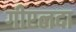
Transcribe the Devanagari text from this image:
गीएलदा